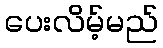
ပေးလိမ့်မည်